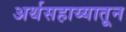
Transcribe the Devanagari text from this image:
अर्थसहाय्यातून